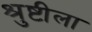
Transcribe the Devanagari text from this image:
श्रुष्टीला